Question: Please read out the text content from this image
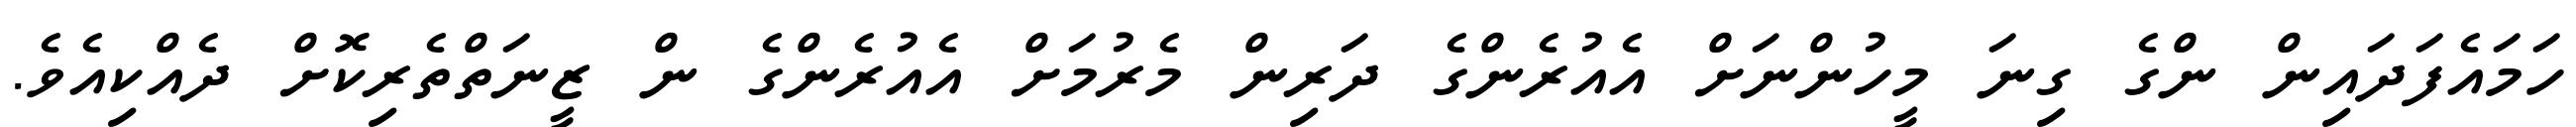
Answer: ހަމައެފަދައިން ންގެ ގިނަ މީހުންނަށް އެއުރެންގެ ދަރިން މެރުމަށް އެއުރެންގެ ން ޒީނަތްތެރިކޮށް ދެއްކިއެވެ.